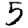
Digit: 5